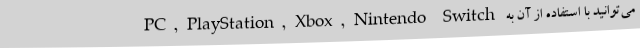
می‌توانید با استفاده از آن به PC, PlayStation, Xbox, Nintendo Switch